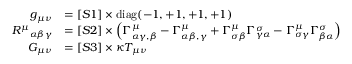
{ \begin{array} { r l } { g _ { \mu \nu } } & { = [ S 1 ] \times \operatorname { d i a g } ( - 1 , + 1 , + 1 , + 1 ) } \\ { { R ^ { \mu } } _ { \alpha \beta \gamma } } & { = [ S 2 ] \times \left( \Gamma _ { \alpha \gamma , \beta } ^ { \mu } - \Gamma _ { \alpha \beta , \gamma } ^ { \mu } + \Gamma _ { \sigma \beta } ^ { \mu } \Gamma _ { \gamma \alpha } ^ { \sigma } - \Gamma _ { \sigma \gamma } ^ { \mu } \Gamma _ { \beta \alpha } ^ { \sigma } \right) } \\ { G _ { \mu \nu } } & { = [ S 3 ] \times \kappa T _ { \mu \nu } } \end{array} }